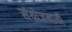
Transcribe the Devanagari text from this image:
संयोजनाची